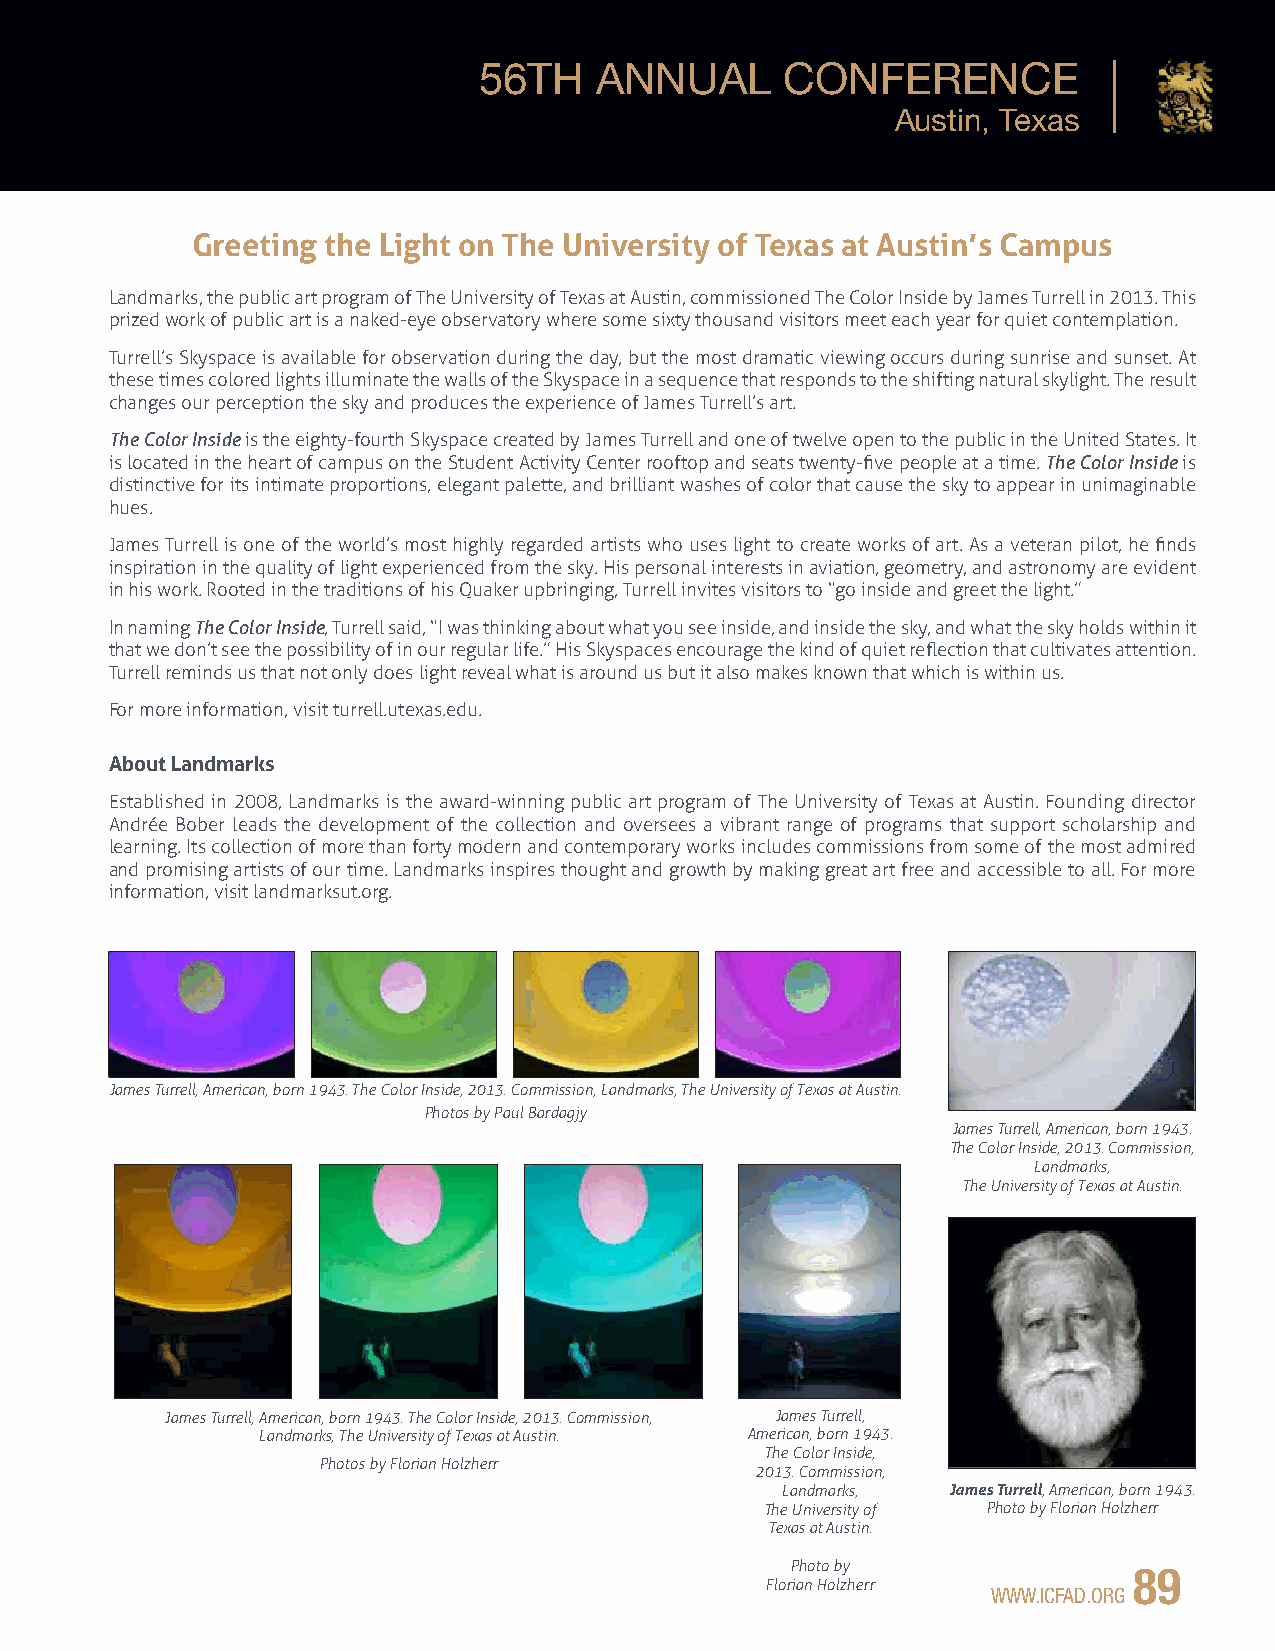
56TH   ANNUAL       CONFERENCE
 Austin, Texas
 Greeting the Light on The University of Texas at Austin’s Campus
 Landmarks, the public art program of The University of Texas at Austin, commissioned The Color Inside by James Turrell in 2013. This
 prized work of public art is a naked-eye observatory where some sixty thousand visitors meet each year for quiet contemplation.
 Turrell’s Skyspace is available for observation during the day, but the most dramatic viewing occurs during sunrise and sunset. At
 these times colored lights illuminate the walls of the Skyspace in a sequence that responds to the shifting natural skylight. The result
 changes our perception the sky and produces the experience of James Turrell’s art.
 The Color Inside is the eighty-fourth Skyspace created by James Turrell and one of twelve open to the public in the United States. It
 is located in the heart of campus on the Student Activity Center rooftop and seats twenty-five people at a time. The Color Inside is
 distinctive for its intimate proportions, elegant palette, and brilliant washes of color that cause the sky to appear in unimaginable
 hues.
 James Turrell is one of the world’s most highly regarded artists who uses light to create works of art. As a veteran pilot, he finds
 inspiration in the quality of light experienced from the sky. His personal interests in aviation, geometry, and astronomy are evident
 in his work. Rooted in the traditions of his Quaker upbringing, Turrell invites visitors to “go inside and greet the light.”
 In naming The Color Inside, Turrell said, “I was thinking about what you see inside, and inside the sky, and what the sky holds within it
 that we don’t see the possibility of in our regular life.” His Skyspaces encourage the kind of quiet reflection that cultivates attention.
 Turrell reminds us that not only does light reveal what is around us but it also makes known that which is within us.
 For more information, visit turrell.utexas.edu.
 About Landmarks
 Established in 2008, Landmarks is the award-winning public art program of The University of Texas at Austin. Founding director
 Andrée Bober leads the development of the collection and oversees a vibrant range of programs that support scholarship and
 learning. Its collection of more than forty modern and contemporary works includes commissions from some of the most admired
 and promising artists of our time. Landmarks inspires thought and growth by making great art free and accessible to all. For more
 information, visit landmarksut.org.
 James Turrell, American, born 1943. The Color Inside, 2013. Commission, Landmarks, The University of Texas at Austin.
 Photos by Paul Bardagjy
 James Turrell, American, born 1943.
 The Color Inside, 2013. Commission,
 Landmarks,
 The University of Texas at Austin.
 James Turrell, American, born 1943. The Color Inside, 2013. Commission, James Turrell,
 Landmarks, The University of Texas at Austin. American, born 1943.
 The Color Inside,
 Photos by Florian Holzherr
 2013. Commission,
 Landmarks, James Turrell, American, born 1943.
 The University of Photo by Florian Holzherr
 Texas at Austin.
 Photo by               89
 Florian Holzherr
 WWW.ICFAD.ORG